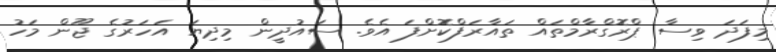
މިފަދަ ވިސާ ޕްރޮގްރާމްތައް ތައާރަފްކޮށްފަ އެވެ. ސައުދީން މިދިޔަ އަހަރުގެ ޖޫން މަހު